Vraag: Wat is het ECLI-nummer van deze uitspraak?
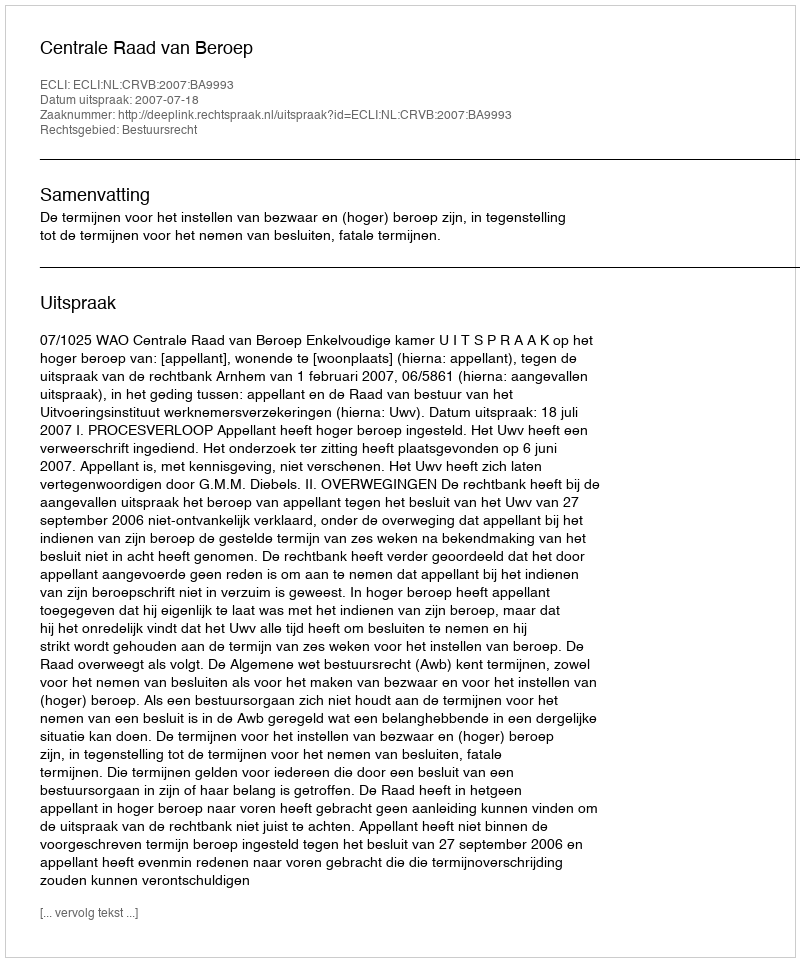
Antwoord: ECLI:NL:CRVB:2007:BA9993